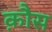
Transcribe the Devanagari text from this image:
क़ौस